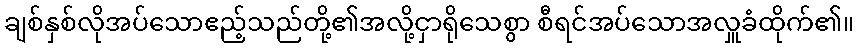
ချစ်နှစ်လိုအပ်သောဧည့်သည်တို့၏အလို့ငှာရိုသေစွာ စီရင်အပ်သောအလှူခံထိုက်၏။